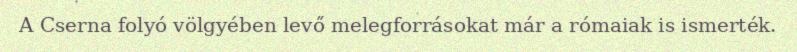
A Cserna folyó völgyében levő melegforrásokat már a rómaiak is ismerték.